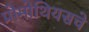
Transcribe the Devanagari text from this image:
प्रोमोथियसचे